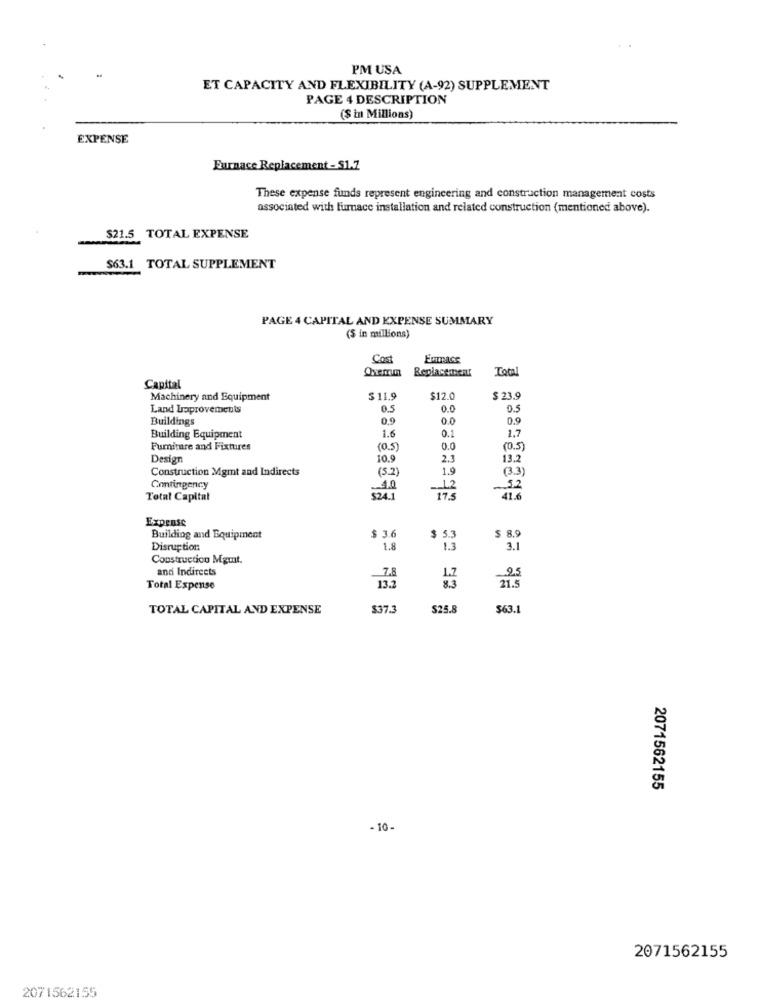
PM USA
ET CAPACITY AND FLEXIBILITY (A-92) SUPPLEMENT
PAGE 4 DESCRIPTION
($ in Millions)
EXPENSE
Furnace Replacement - S1.7
These expense funds represent engineering and construction management costs
associated with furnace installation and related construction (mentioned above).
$21.5 TOTAL EXPENSE
$63.1 TOTAL SUPPLEMENT
-
PAGE 4 CAPITAL AND EXPENSE SUMMARY
($ in millions)
Cost
Total
Capital
Machinery and Equipment
$ 11.9
$12.0
$ 23.9
Land Laprovements
0.5
0.0
0.5
Buildings
0,9
0.0
0.9
1.6
0.
1,7
Building Equipment
Furniture and Fixtures
(0.5)
0.0
(0.5)
Design
10.9
2.1
13.2
Construction Mgmt and Indirects
(5.2
(3.3)
Contingency
4.0
12
$2
Total Capital
41.
Expense
Building and Equipment
$ 3.6
$ 5.3
$ 8.9
Disruption
1.8
1.3
3.1
Construction Mguit.
and Indirects
_Z.B
8.3
Total Expense
13.2
21.5
TOTAL CAPITAL AND EXPENSE
$37.3
S25.8
$63.1
2071562155
- 10-
2071562155
2071562155